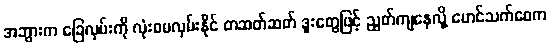
အဘွားက ခြေလှမ်းကို လုံးဝမလှမ်းနိုင် တဆတ်ဆတ် ဒူးတွေဖြင့် ညွတ်ကျနေလို့ မောင်သက်ဝေက